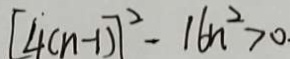
[ 4 ( n - 1 ) ] ^ { 2 } - 1 6 n ^ { 2 } > 0